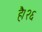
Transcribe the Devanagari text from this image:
है।२६